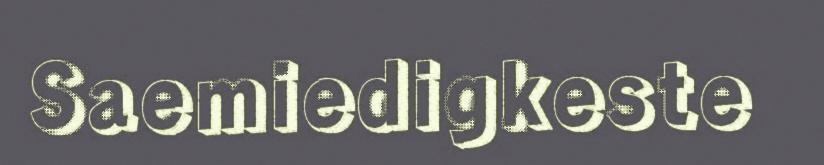
Saemiedigkeste